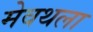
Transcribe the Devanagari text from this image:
मेवथला